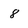
Character: 8